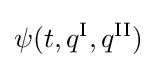
\psi (t,q^{\text{I}},q^{\text{II}})